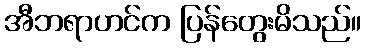
အီဘရာဟင်က ပြန်တွေးမိသည်။